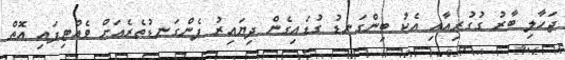
ޖަހާލި ބާރު ގުގުރިއާއި އެކު ބިންގަނޑު ގުޑައިގެން ދިޔައިރު ފެންގަނޑުތެރެއަށް ވެއްޓިފައި އޮތް